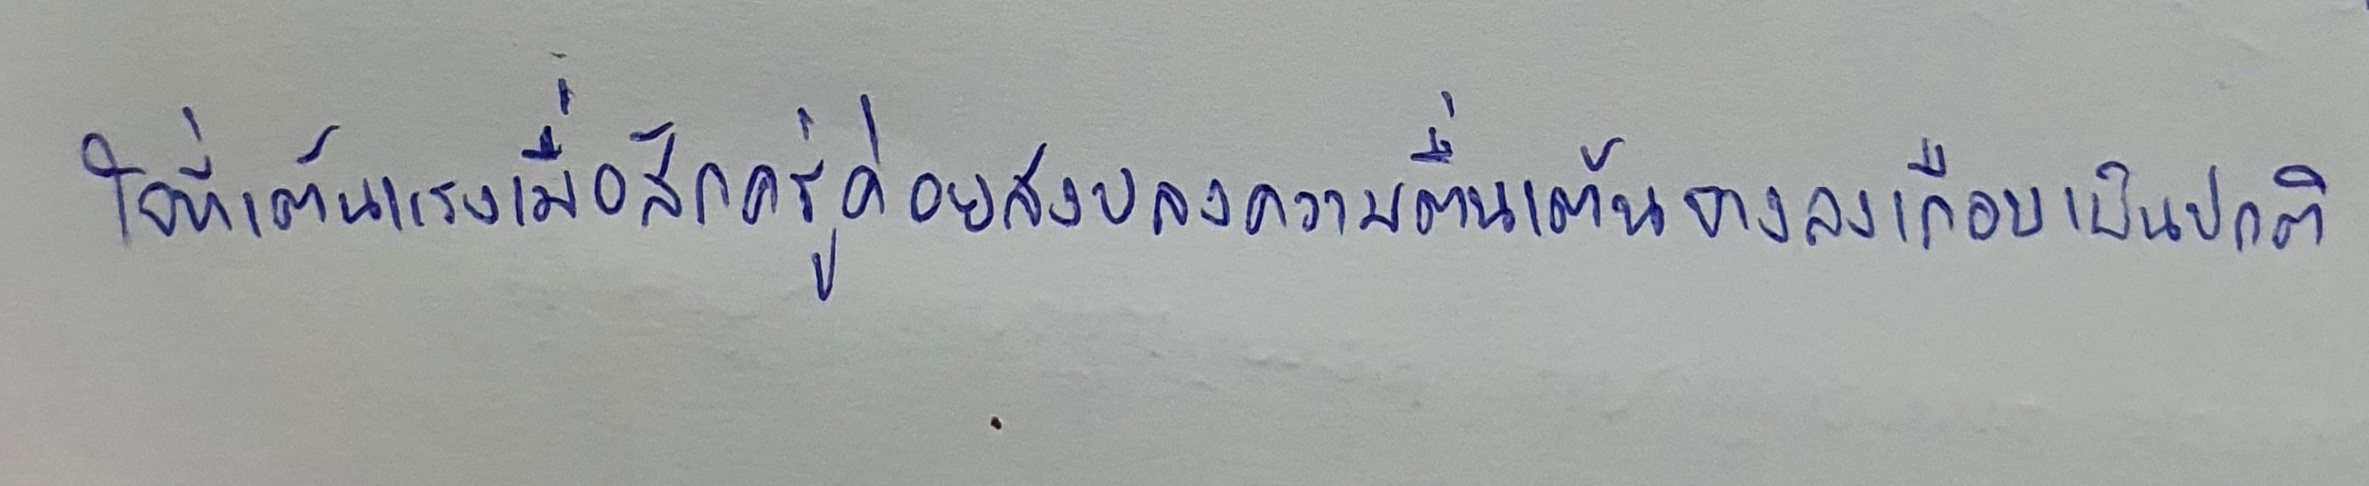
ใจที่เต้นแรงเมื่อสักครู่ค่อยสงบลงความตื่นเต้นจางลงเกือบเป็นปกติ